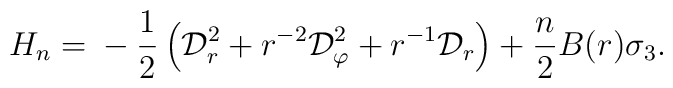
H_n={}-\frac 12\left({\cal D}_r^2 +r^{-2}{\cal D}_\varphi^2+r^{-1}{\cal D}_r\right) +\frac n2B(r)\sigma_3.